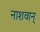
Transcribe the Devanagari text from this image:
नाशवान्‌